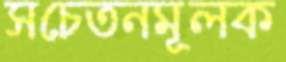
সচেতনমূলক